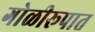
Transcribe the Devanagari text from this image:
गोळीरूपात